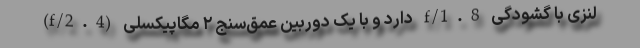
لنزی با گشودگی f/1.8 دارد و با یک دوربین عمق‌سنج ۲ مگاپیکسلی (f/2.4)